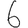
Digit: 6